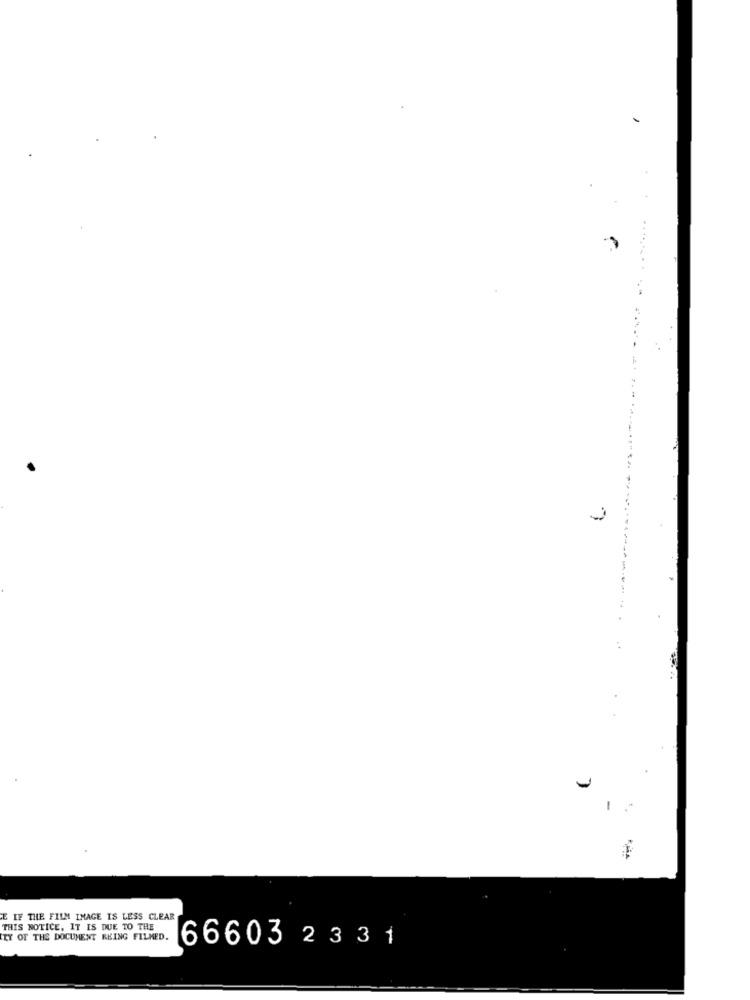
-
IF THE FILM IMAGE IS LESS CLEAR
THIS NOTICE, IT IS DUE TO THE
TY OF THE DOCUMENT REING FILMED.
66603 2331